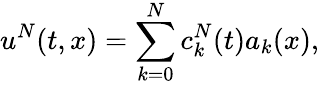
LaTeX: u^{N}(t,x)=\sum_{k=0}^{N}c_{k}^{N}(t)a_{k}(x),